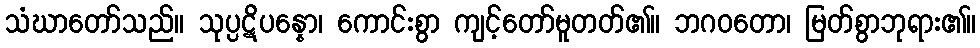
သံဃာတော်သည်။ သုပ္ပဋိပန္နော၊ ကောင်းစွာ ကျင့်တော်မူတတ်၏။ ဘဂဝတော၊ မြတ်စွာဘုရား၏။